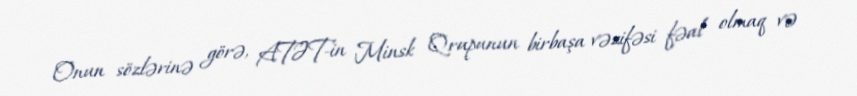
Onun sözlərinə görə, ATƏT-in Minsk Qrupunun birbaşa vəzifəsi fəal olmaq və